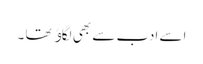
اسے ادب سے بھی لگاﺅ تھا ۔